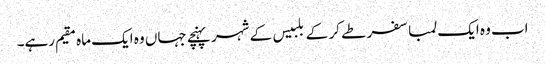
اب وہ ایک لمبا سفر طے کر کے بلبیس کے شہر پہنچے جہاں وہ ایک ماہ مقیم رہے۔